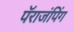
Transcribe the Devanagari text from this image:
पॅराजंपिंग